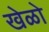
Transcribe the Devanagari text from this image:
खेळो